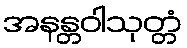
အနန္တဝါသုတ္တံ